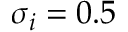
\sigma _ { i } = 0 . 5